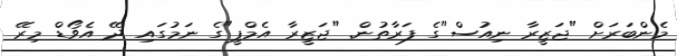
މެންބަރަށް "ޖަޒީރާ ނިއުސް"ގެ ފަރާތުން